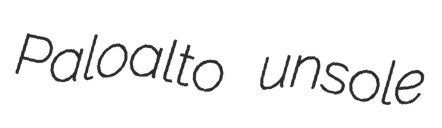
Paloalto unsole